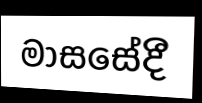
මාසසේදී